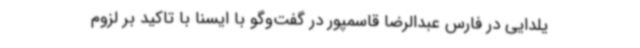
یلدایی در فارس عبدالرضا قاسمپور در گفت‌وگو با ایسنا با تاکید بر لزوم